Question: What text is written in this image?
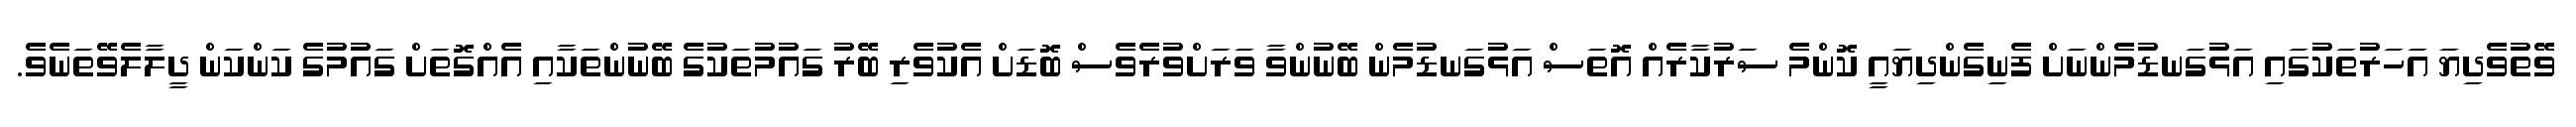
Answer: ވޭތުވެދިޔަ އަހަރުތަކުގައި އަޅުގަނޑުމެންނަށް ފެނިގެންދިޔައީ ކޮންމެ ސަރުކާރެއް އޮތަސް އަޅުގަނޑުމެން ބޭނުންވާ ވަރަށްވުރެވެސް ބޮޑަށް އެކުވެރި ބޭރު ގައުމުތަކުގެ ބޭނުންތަކާއި އެއްގޮތަށް ގައުމުގެ ކަންކަން ދީލާލެވޭތަނެވެ.